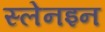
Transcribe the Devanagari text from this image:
स्लेनइन